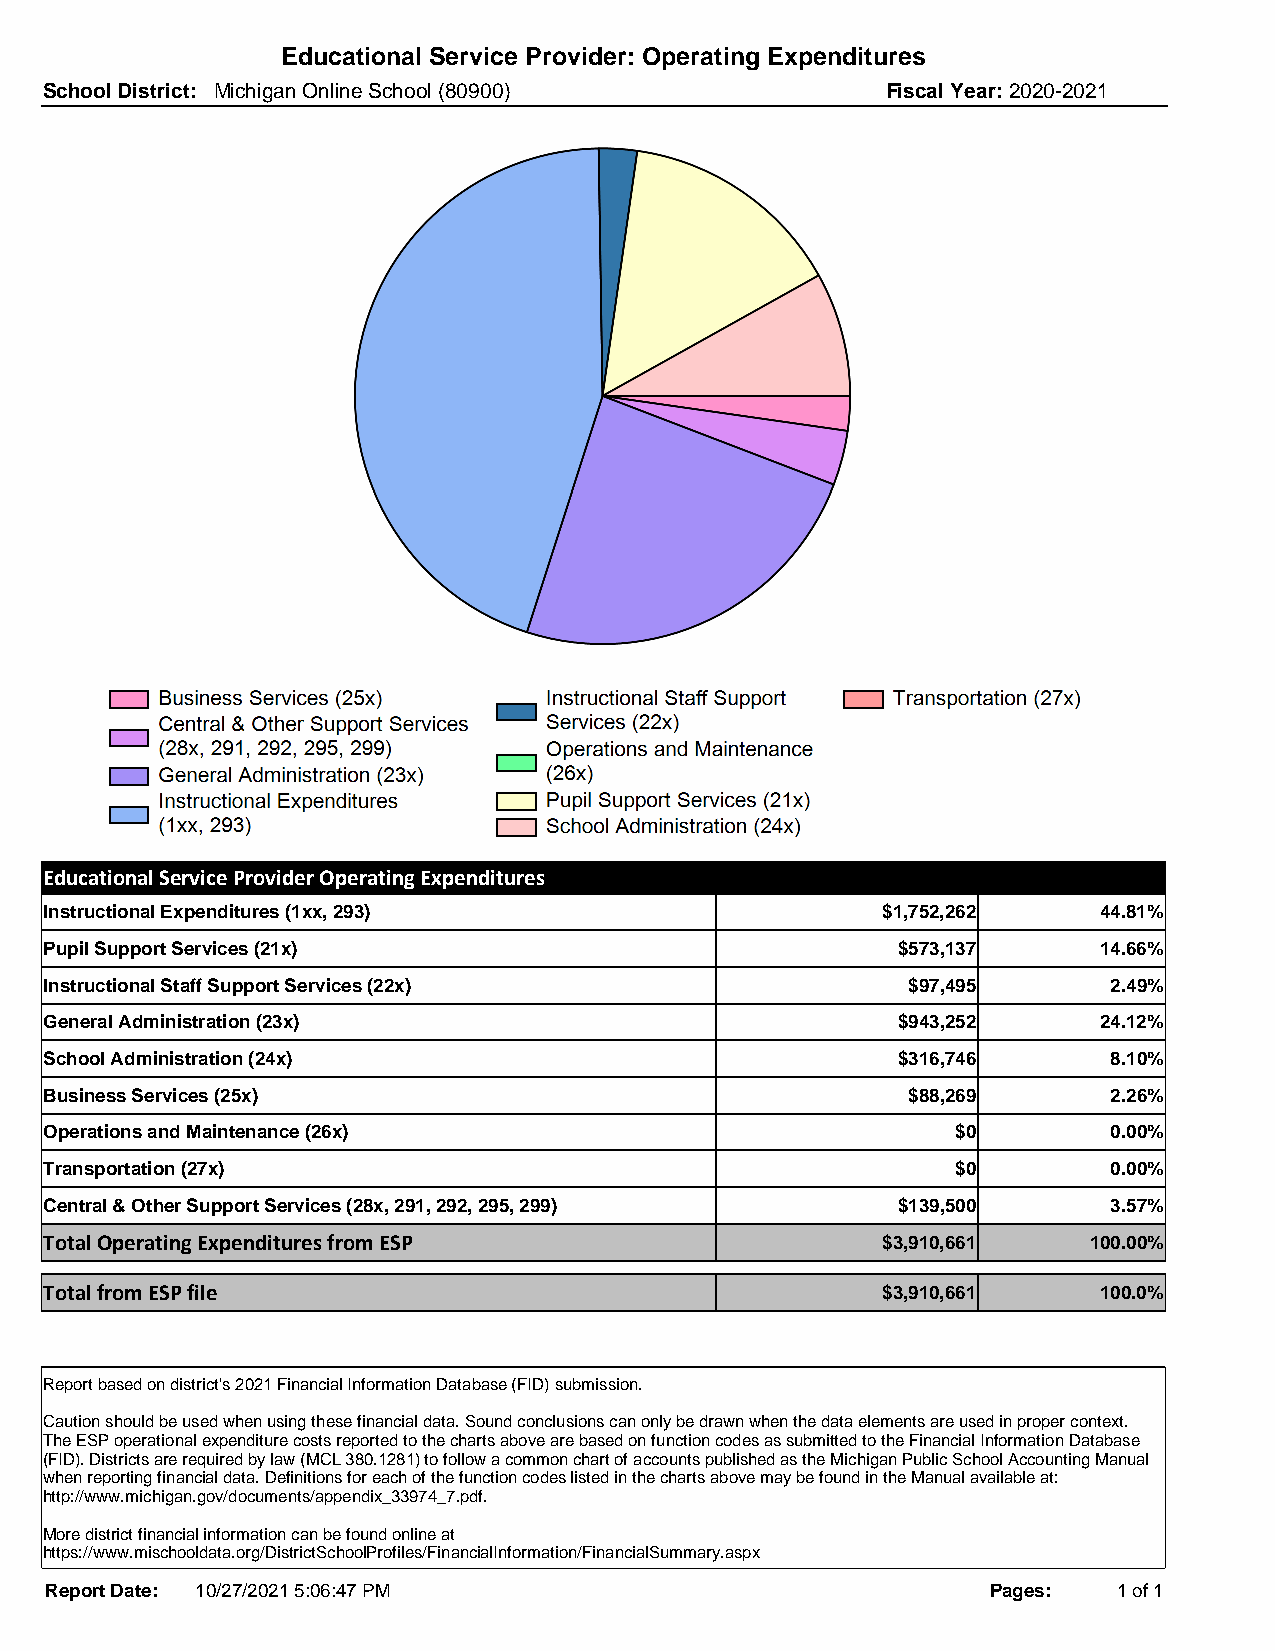
Educational Service Provider: Operating Expenditures
 School District: Michigan Online School (80900)         Fiscal Year: 2020-2021
 Educational Service Provider Operating Expenditures
 Instructional Expenditures (1xx, 293)                  $1,752,262     44.81%
 Pupil Support Services (21x)                            $573,137      14.66%
 Instructional Staff Support Services (22x)               $97,495       2.49%
 General Administration (23x)                            $943,252      24.12%
 School Administration (24x)                             $316,746       8.10%
 Business Services (25x)                                  $88,269       2.26%
 Operations and Maintenance (26x)                            $0         0.00%
 Transportation (27x)                                        $0         0.00%
 Central & Other Support Services (28x, 291, 292, 295, 299) $139,500    3.57%
 Total Operating Expenditures from ESP                  $3,910,661    100.00%
 Total from ESP file                                    $3,910,661     100.0%
 Report based on district's 2021 Financial Information Database (FID) submission.
 Caution should be used when using these financial data. Sound conclusions can only be drawn when the data elements are used in proper context.
 The ESP operational expenditure costs reported to the charts above are based on function codes as submitted to the Financial Information Database
 (FID). Districts are required by law (MCL 380.1281) to follow a common chart of accounts published as the Michigan Public School Accounting Manual
 when reporting financial data. Definitions for each of the function codes listed in the charts above may be found in the Manual available at:
 http://www.michigan.gov/documents/appendix_33974_7.pdf.
 More district financial information can be found online at
 https://www.mischooldata.org/DistrictSchoolProfiles/FinancialInformation/FinancialSummary.aspx
 Report Date: 10/27/2021 5:06:47 PM                             Pages:  1 of 1